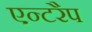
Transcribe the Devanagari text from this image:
एन्टरैप